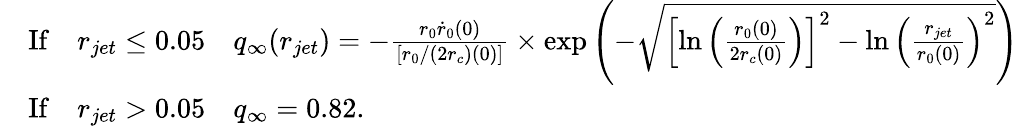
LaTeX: \begin{array}{rl}&{\mathrm{If}\quad r_{jet}\leq 0.05\quad q_{\infty}(r_{jet})=-\frac{r_{0}\dot{r}_{0}(0)}{\left[r_{0}/\left(2r_{c}\right)(0)\right]}\times\exp\left(-\sqrt{\left[\ln\left(\frac{r_{0}(0)}{2r_{c}(0)}\right)\right]^{2}-\ln\left(\frac{r_{jet}}{r_{0}(0)}\right)^{2}}\right)\, }\\ &{\mathrm{If}\quad r_{jet}>0.05\quad q_{\infty}=0.82.}\end{array}